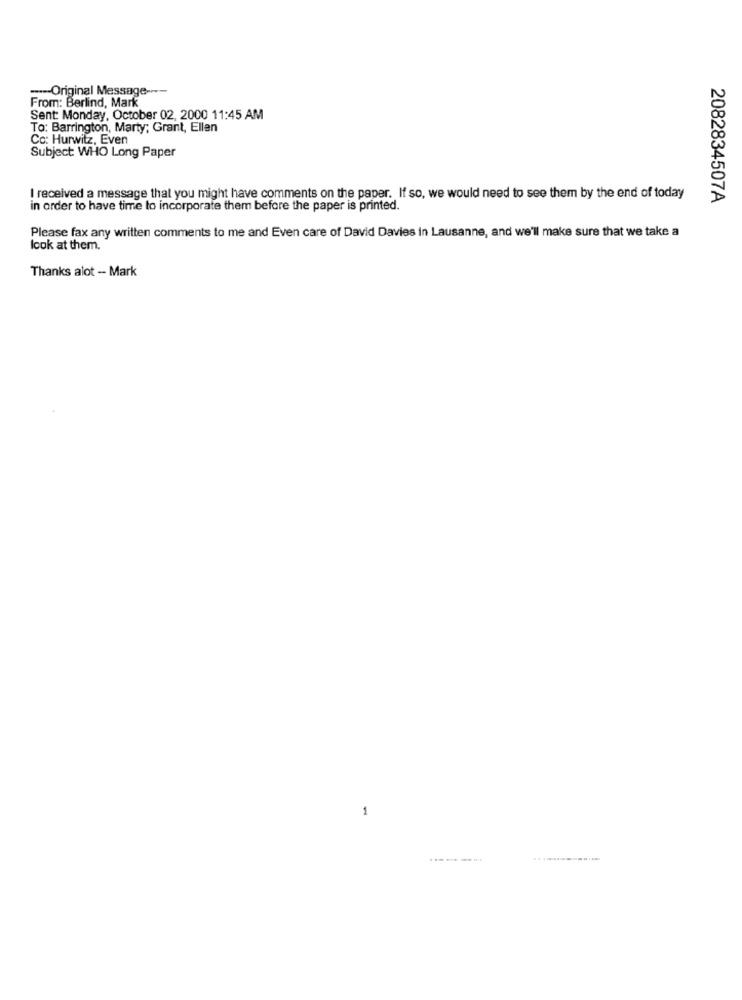
-- Original Message ---
From: Berlind, Mark
Sent: Monday, October 02, 2000 11:45 AM
To: Barrington, Marty; Grant, Ellen
Co: Hurwitz, Even
Subject WHO Long Paper
I received a message that you might have comments on the paper. If so, we would need to see them by the end of today
2082834507A
in order to have time to incorporate them before the paper is printed.
Please fax any written comments to me and Even care of David Davies in Lausanne, and we'll make sure that we take a
look at them.
Thanks alot - Mark
1
.----...